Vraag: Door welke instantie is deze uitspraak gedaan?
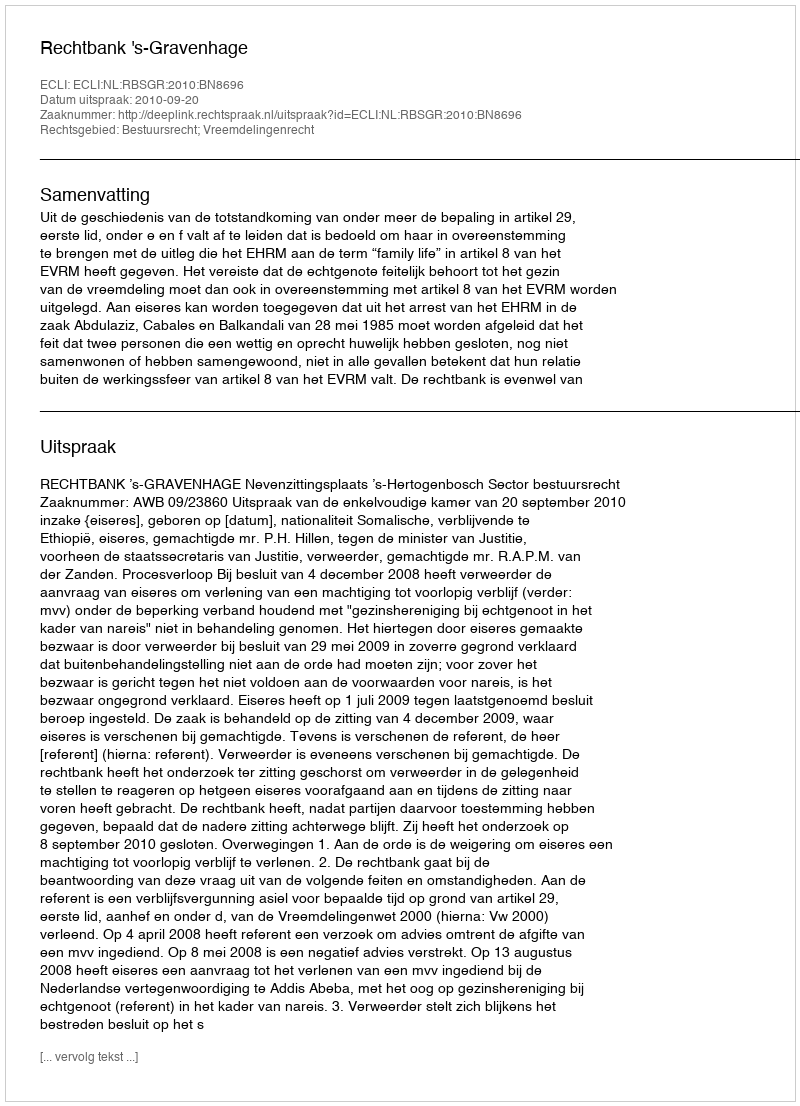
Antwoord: Rechtbank 's-Gravenhage